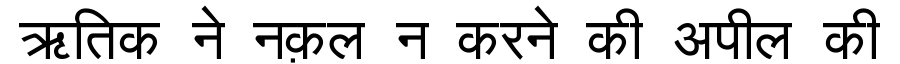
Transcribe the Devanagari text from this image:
ऋतिक ने नक़ल न करने की अपील की